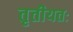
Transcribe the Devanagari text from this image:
तृतीयतः